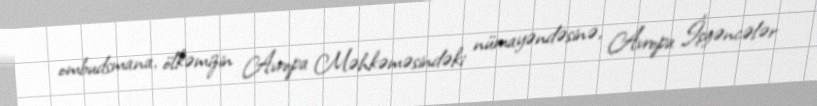
ombudsmana, ölkəmizin Avropa Məhkəməsindəki nümayəndəsinə, Avropa İşgəncələr